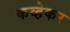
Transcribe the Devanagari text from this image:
कव्हेकर